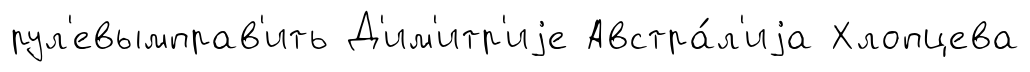
рул'евымправ'ить Д'им'итр'иjе Австра́л'иjа Хлопцева